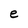
Character: e